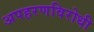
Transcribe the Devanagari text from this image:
अपहरणविरोधी